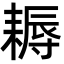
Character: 耨